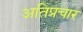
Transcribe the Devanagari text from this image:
अतिप्रचार